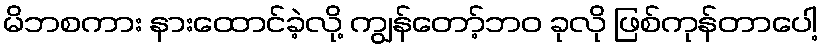
မိဘစကား နားထောင်ခဲ့လို့ ကျွန်တော့်ဘဝ ခုလို ဖြစ်ကုန်တာပေါ့